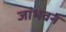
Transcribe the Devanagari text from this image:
जांभवन